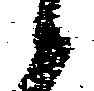
候